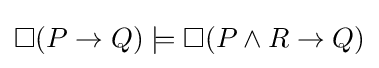
\Box (P\rightarrow Q)\models \Box (P\land R\rightarrow Q)